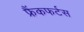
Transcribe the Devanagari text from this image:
फ्रैंकफर्टस